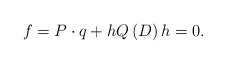
\begin{align*}f=P\cdot q+hQ\left( D\right) h=0. \end{align*}